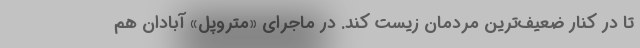
تا در کنار ضعیف‌ترین مردمان زیست کند. در ماجرای «متروپل» آبادان هم